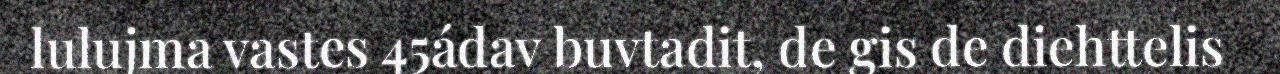
lulujma vastes 45ádav buvtadit, de gis de diehttelis